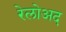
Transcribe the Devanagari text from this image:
रेलोअद